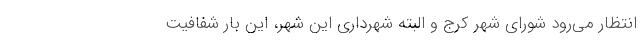
انتظار می‌رود شورای شهر کرج و البته شهرداری این شهر، این بار شفافیت